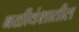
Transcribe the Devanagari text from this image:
बळीवंशातील